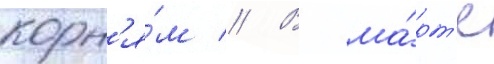
корн'я́м // В ма́рт'е